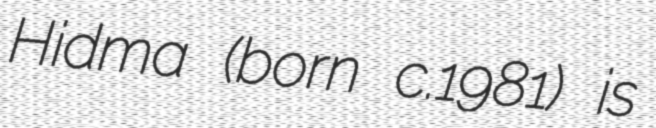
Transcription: Hidma (born c.1981) is